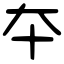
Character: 夲